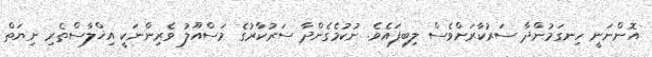
އޮންނަނީ ހިނގަމުންދާ ސަރުކާރަށްވެސް ލިބިފައެވެ. ނުކުމެގެންދާ ސަރުކާރުގެ މަސްއޫލު ވެރިންނަކީ އިޚްލާސްތެރި ނިޔަތް